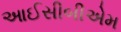
આઈસીબીએમ